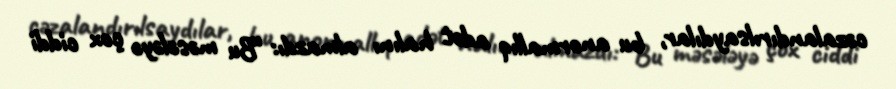
cəzalandırılsaydılar, bu anormallıq adət halını almazdı: “Bu məsələyə çox ciddi